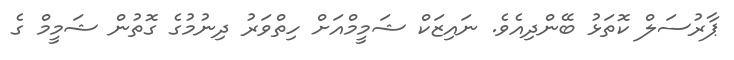
ޕާރުސަލް ކޮތަޅު ބޭންދިއެވެ. ނައިޒަކް ޝަމީމްއަށް ހިތްވަރު ދިނުމުގެ ގޮތުން ޝަމީމް ގެ